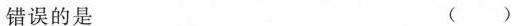
错误的是 ()